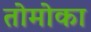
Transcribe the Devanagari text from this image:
तोमोका